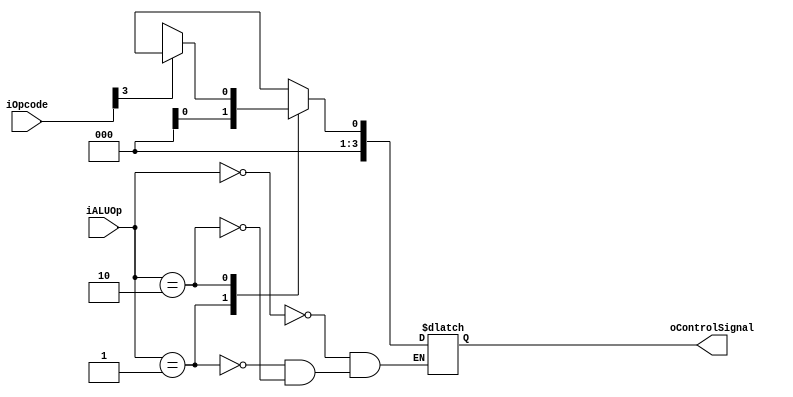
module ALUControl (iOpcode, iALUOp, oControlSignal);


/* I/O type definition */
input wire [10:0] iOpcode;
input wire [1:0] iALUOp;
output reg [3:0] oControlSignal;

wire DefOp = {iOpcode[9:8], iOpcode[3]};

always @(iALUOp)
begin
	case (iALUOp)
		2'b00:
			oControlSignal <=	OPADD;	//DEFINICAO DE (LDUR STUR B + X0 CBZ)
 		2'b01:
			oControlSignal <=	OPSUB;	//	DEFINICAO DE (BRANCH - REGISTER)
		2'b10:
			begin
				case (DefOp)
					3'b001:	//ADD
						oControlSignal <= OPADD;	//DEFINICAO DE SOMA
					3'b101: 	//SUB
						oControlSignal <= OPSUB;	//DEFINICAO DE SUBTRACAO
					3'b000:	//AND
						oControlSignal <= OPAND;	//DEFINICAO DE AND
					3'b010:	//ORR
						oControlSignal <= OPORR;	//DEFINICAO DE OR
					default:
						oControlSignal <= 4'b0000;
				endcase
			end
	endcase
end

endmodule